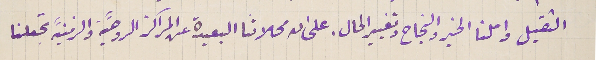
الثقيل واملنا الخير والنجاح وتغيير الحال. على ان محلاتنا البعيدة عن المراكز الروحيَّة والزمنيَّة تجعلنا